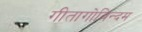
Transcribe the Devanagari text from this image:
गीतागोविन्दम